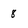
Character: 8